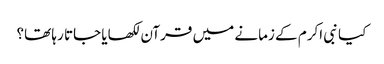
کیا نبی اکرم کے زمانے میں‌ قرآن لکھایا جاتا رہا تھا؟